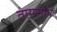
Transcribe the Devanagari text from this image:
तामसाय